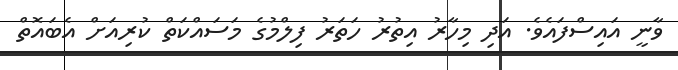
ވާނީ އައިސްފައެވެ. އަދި މިހާރު އިތުރު ހަތަރު ފިލްމުގެ މަސައްކަތް ކުރިއަށް އެބައޮތް